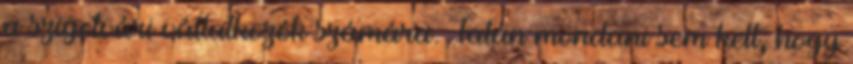
a szigetvári vállalkozók számára. Talán mondani sem kell, hogy